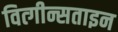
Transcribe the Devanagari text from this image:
वित्गीन्सताइन